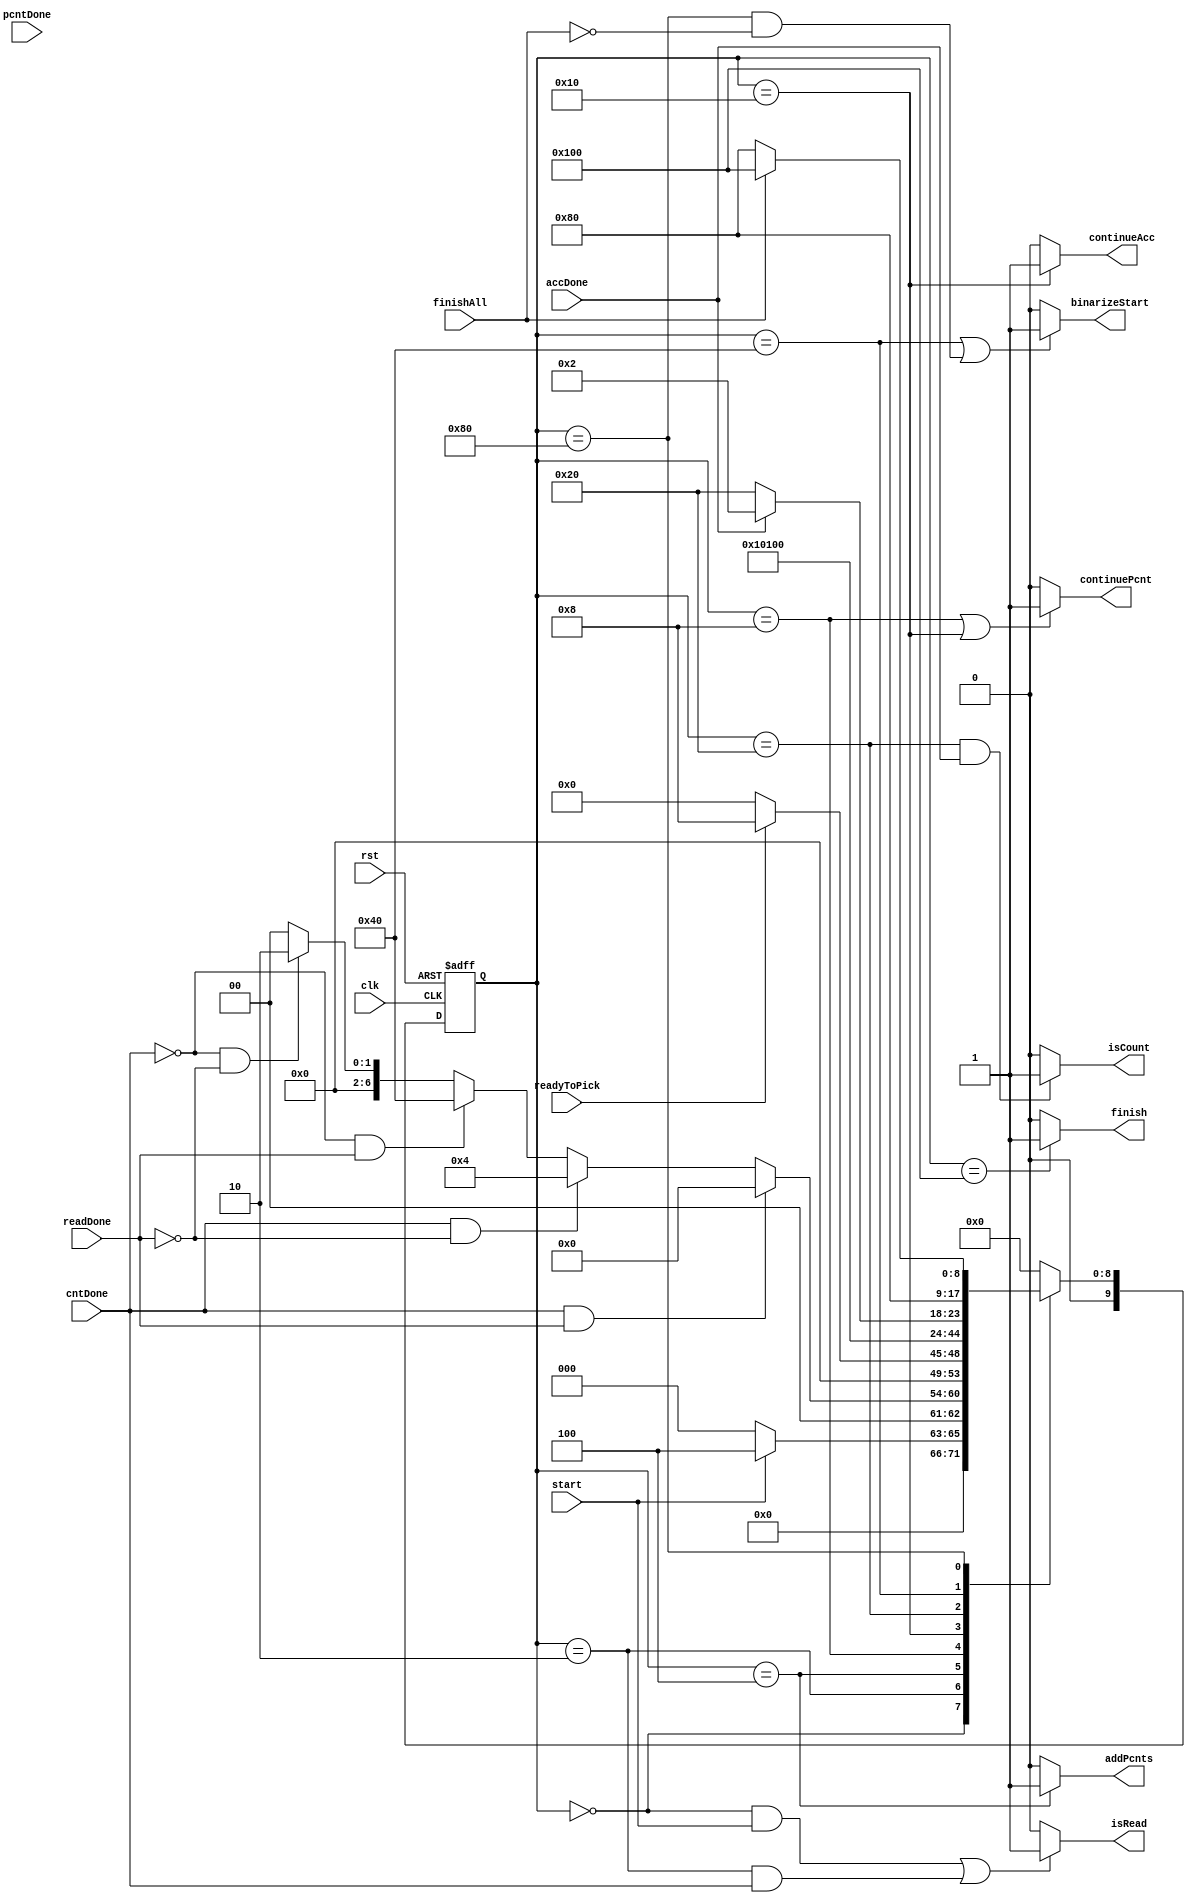
module PE_Controller
(
  input clk,
  input rst,
  input start,
  input cntDone,  
  input readDone, 
  input readyToPick, 
  input pcntDone, 
  input accDone, 
  input finishAll, 
  output isCount,
  output isRead,
  output continuePcnt,
  output continueAcc,
  output binarizeStart,
  output addPcnts,
  output finish
); 
parameter SIZE = 10;
parameter 
	WaitForStart  = 10'b0000000000,
	ReadyToRead = 10'b0000000010,
	ReadFromMem = 10'b0000000100,
	Popcount = 10'b0000001000,
	Dummy1 = 10'b0000010000,
	Accumulate = 10'b0000100000,
	Dummy2 = 10'b0001000000,
	Binarize = 10'b0010000000,
	Finish = 10'b0100000000,
	Wrong = 10'b10000000000;
	
reg	[SIZE-1:0]	state;
reg	[SIZE-1:0]	next_state;

always @ (posedge clk, posedge rst)
	begin 
		if(rst)  
			state <= WaitForStart;
		else
			state <= next_state;
	end


always @ (state, start, cntDone, readDone, readyToPick, pcntDone, accDone, finishAll)
begin

next_state = 10'b0;

 case(state)
 
	WaitForStart : begin
				if (start) 
					next_state = ReadFromMem;
				else
					next_state = WaitForStart;  
			end
			
	ReadyToRead : begin 
				if (cntDone && readDone) 
					next_state = Wrong;
				else if(cntDone && ~readDone)  
					next_state = ReadFromMem;
				else if(~cntDone && readDone)  
					next_state = Dummy2;
				else if(~cntDone && ~readDone)  
					next_state = ReadyToRead;
			end  
			  
	ReadFromMem : begin
				if (readyToPick) 
					next_state = Popcount; 
				else if (readyToPick) 
					next_state = ReadFromMem;
			end  
			  
	Popcount : begin
				next_state = Dummy1;
				//{isCount,isRead,continuePcnt,continueAcc,binarizeStart,addPcnts,finish} = 7'b0000000;
			end
				
	Dummy1 : begin 
	            next_state = Accumulate;
                //{isCount,isRead,continuePcnt,continueAcc,binarizeStart,addPcnts,finish} = 7'b0001000;
			end
				
	Accumulate : begin 
				if (accDone == 1'b1) begin
					next_state = ReadyToRead;
					//{isCount,isRead,continuePcnt,continueAcc,binarizeStart,addPcnts,finish} = 7'b1000000;
				end 
				//if (accDone == 1'b1 && readDone == 1'b1) begin
				//	next_state = Dummy2;
					//{isCount,isRead,continuePcnt,continueAcc,binarizeStart,addPcnts,finish} = 7'b0000000;
				//end
				else if (accDone == 1'b0) begin
					next_state = Accumulate;
					//{isCount,isRead,continuePcnt,continueAcc,binarizeStart,addPcnts,finish} = 7'b0000000;
				end
			end
			
	Dummy2 : begin
				next_state = Binarize;
				//{isCount,isRead,continuePcnt,continueAcc,binarizeStart,addPcnts,finish} = 7'b0000100;
            end
		   
	Binarize : begin
				if (finishAll == 1'b1) begin
					next_state = Finish;
					//{isCount,isRead,continuePcnt,continueAcc,binarizeStart,addPcnts,finish} = 7'b0000100;
				end 
				else if (finishAll == 1'b0) begin
					next_state = Binarize;
					//{isCount,isRead,continuePcnt,continueAcc,binarizeStart,addPcnts,finish} = 7'b0000000;
				end
			end
			  
	Finish : begin
				next_state = WaitForStart;
				//{isCount,isRead,continuePcnt,continueAcc,binarizeStart,addPcnts,finish} = 7'b0000001;
            end
	
	Wrong : begin 
				next_state = Wrong;
				//{isCount,isRead,continuePcnt,continueAcc,binarizeStart,addPcnts,finish} = 7'b0000000;
            end
			
   default : begin 
				next_state = WaitForStart;
				//{isCount,isRead,continuePcnt,continueAcc,binarizeStart,addPcnts,finish} = 7'b0000000;
			end
			
endcase
end
	assign isCount = ( ( state == Accumulate ) & accDone ) ? 1 : 0;
	assign isRead = ( ( ( state == WaitForStart ) & start ) | ( ( state == ReadyToRead ) & cntDone ) ) ? 1 : 0;
	assign continueAcc = ( state == Dummy1 ) ? 1 : 0;
	assign binarizeStart = ( ( state == Dummy2 ) | ( ( state == Binarize ) & ~finishAll ) ) ? 1 : 0;
	assign finish = ( state == Finish ) ? 1 : 0;
	assign continuePcnt = ( (state == Popcount) | (state == Dummy1) ) ? 1 : 0;
	assign addPcnts = ( state == ReadFromMem ) ? 1 : 0;

endmodule